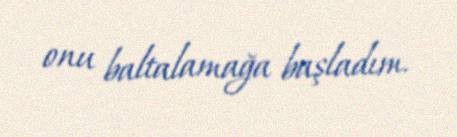
onu baltalamağa başladım.